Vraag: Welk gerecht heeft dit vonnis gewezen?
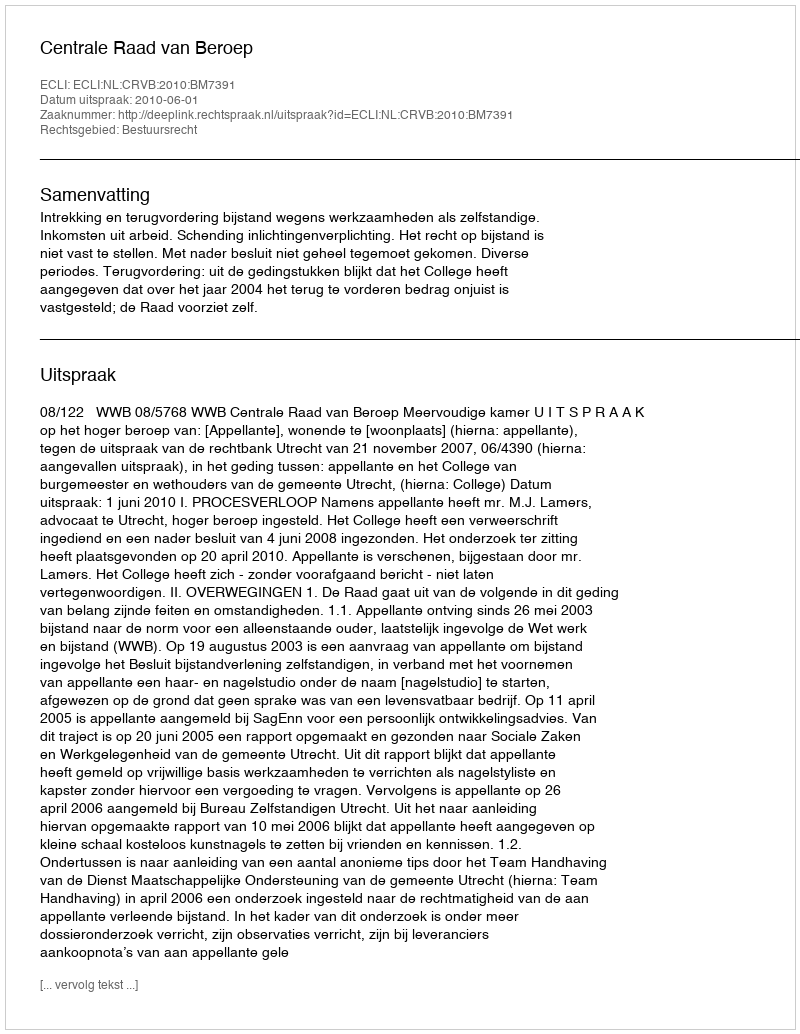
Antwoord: Centrale Raad van Beroep